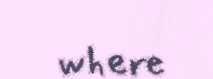
where